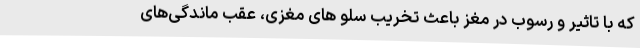
که با تاثیر و رسوب در مغز باعث تخریب سلو های مغزی، عقب ماندگی‌های